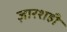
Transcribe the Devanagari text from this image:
ज़ारशही